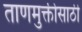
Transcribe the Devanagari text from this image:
ताणमुक्तीसाठी